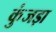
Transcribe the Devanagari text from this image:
कुंजड़ा